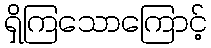
ရှိကြသောကြောင့်